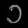
Digit: ၁